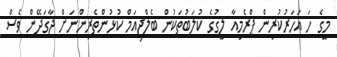
މީގެ ހަ އަހަރުކުރިން ޕްރެމިއާ ލީގުގެ ކުލަބުތަކުން ބެލްޖިއަމް ކުޅުންތެރިންނަށް ޖާގަދޭން ވެސް